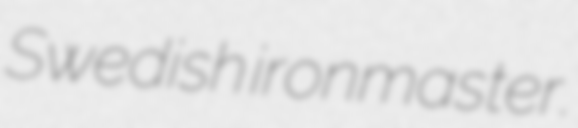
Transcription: Swedish ironmaster.